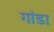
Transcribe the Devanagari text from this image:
गांडा